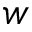
w